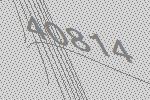
40814